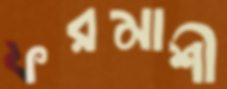
ফরমাশী